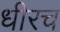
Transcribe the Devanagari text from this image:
धीरच